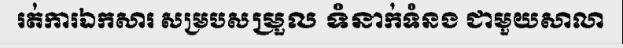
រត់ការឯកសារ សម្របសម្រួល ទំនាក់ទំនង ជាមួយសាលា